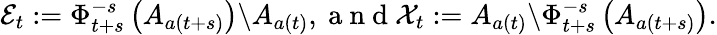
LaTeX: \mathcal{E}_{t}:=\Phi_{t+s}^{-s}\left(A_{a(t+s)}\right)\backslash A_{a(t)},\mathrm{~a~n~d~}\mathcal{X}_{t}:=A_{a(t)}\backslash\Phi_{t+s}^{-s}\left(A_{a(t+s)}\right).